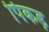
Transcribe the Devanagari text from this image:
पिकड़